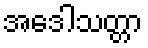
အဒေါသတ္တာ